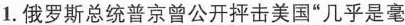
1.俄罗斯总统普京曾公开抨击美国”几乎是毫